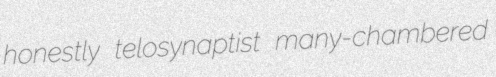
honestly telosynaptist many-chambered